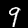
Label: 9